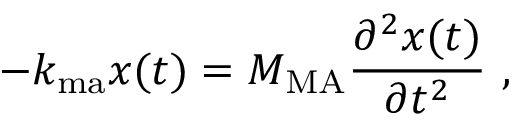
- k _ { \mathrm { m a } } x ( t ) = M _ { \mathrm { M A } } \frac { \partial ^ { 2 } { x ( t ) } } { \partial { t ^ { 2 } } } ~ ,